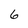
Character: 6